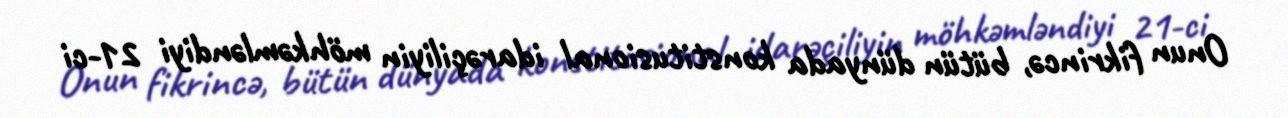
Onun fikrincə, bütün dünyada konstitusional idarəçiliyin möhkəmləndiyi 21-ci